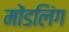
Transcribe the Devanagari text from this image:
मोंडलिंग